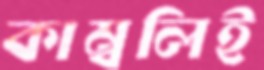
কাম্বলিই